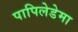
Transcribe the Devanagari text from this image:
पापिलेडेमा